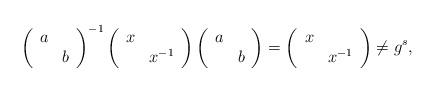
LaTeX: \begin{align*}\left(\begin{array}{cc}a\\ & b\end{array}\right)^{-1}\left(\begin{array}{cc}x\\ & x^{-1}\end{array}\right)\left(\begin{array}{cc}a\\ & b\end{array}\right)=\left(\begin{array}{cc}x\\ & x^{-1}\end{array}\right)\neq g^{s},\end{align*}